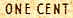
ONE CENT